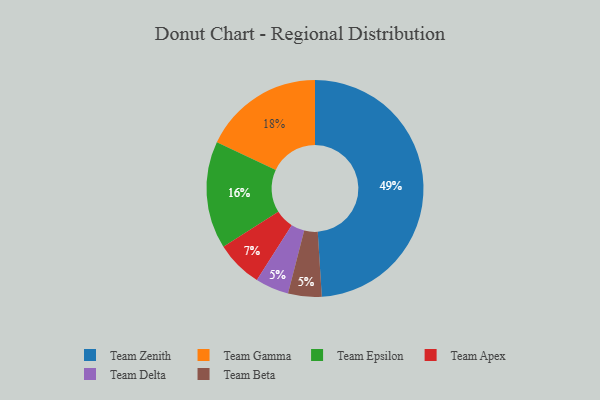
{"axis": {"x": "Category", "y": "Percentage"}, "legend": ["Team Apex", "Team Beta", "Team Delta", "Team Epsilon", "Team Gamma", "Team Zenith"], "data": [{"x": "Team Gamma", "y": 18, "type": "Team Gamma"}, {"x": "Team Delta", "y": 5, "type": "Team Delta"}, {"x": "Team Epsilon", "y": 16, "type": "Team Epsilon"}, {"x": "Team Zenith", "y": 49, "type": "Team Zenith"}, {"x": "Team Beta", "y": 5, "type": "Team Beta"}, {"x": "Team Apex", "y": 7, "type": "Team Apex"}]}